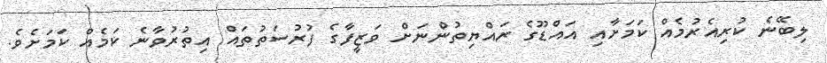
ލިބޭނެ ކުރިއެރުމެއް ކަމަށާއި އައްޑޫގެ ރައްޔިތުންނަށް ވަޒީފާގެ ފުރުސަތުތައް އިތުރުވާނެ ކަމެއް ކަމަށެވެ.